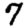
Digit: 7